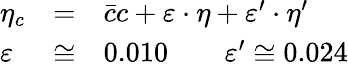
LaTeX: \begin{array}{lll}{{\eta_{c}}}&{{=}}&{{\bar{c}c+\varepsilon\cdot\eta+\varepsilon^{\prime}\cdot\eta^{\prime}}}\\ {{\varepsilon}}&{{\cong}}&{{0.010\qquad\varepsilon^{\prime}\cong 0.024}}\end{array}